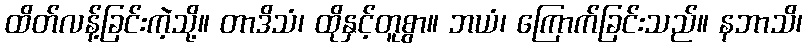
ထိတ်လန့်ခြင်းကဲ့သို့။ တာဒိသံ၊ ထိုနှင့်တူစွာ။ ဘယံ၊ ကြောက်ခြင်းသည်။ နဘာသိ၊